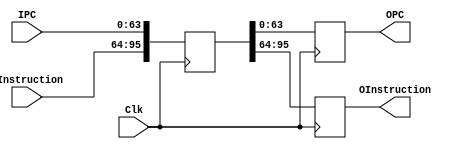
module IF_ID_register(IPC,IInstruction,OPC,OInstruction,Clk);

	input [63:0]IPC;
	input [31:0]IInstruction;
	input Clk;

	output reg [63:0]OPC;
	output reg [31:0]OInstruction;


	reg [95:0]register;


	always @(posedge Clk)
	  begin
		
		OPC=register[63:0];
		OInstruction=register[95:64];

		register[63:0]=IPC;
		register[95:64]=IInstruction;

	  end
endmodule